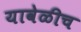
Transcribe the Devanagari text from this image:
यावेळीच